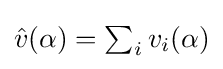
{\textstyle {\hat {v}}(\alpha )=\sum _{i}v_{i}(\alpha )}